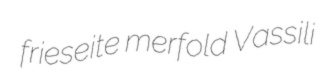
frieseite merfold Vassili